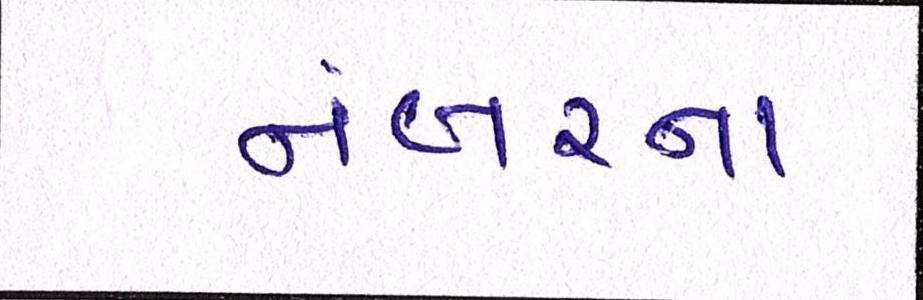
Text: નંબરના